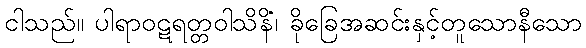
ငါသည်။ ပါရာဝဋရတ္တဝါသိနိံ၊ ခိုခြေအဆင်းနှင့်တူသောနီသော